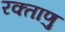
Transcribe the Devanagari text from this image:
रक्ताणु